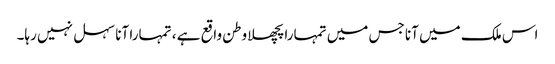
اس ملک میں آنا جس میں تمہارا پچھلا وطن واقع ہے ، تمہارا آنا سہل نہیں رہا۔